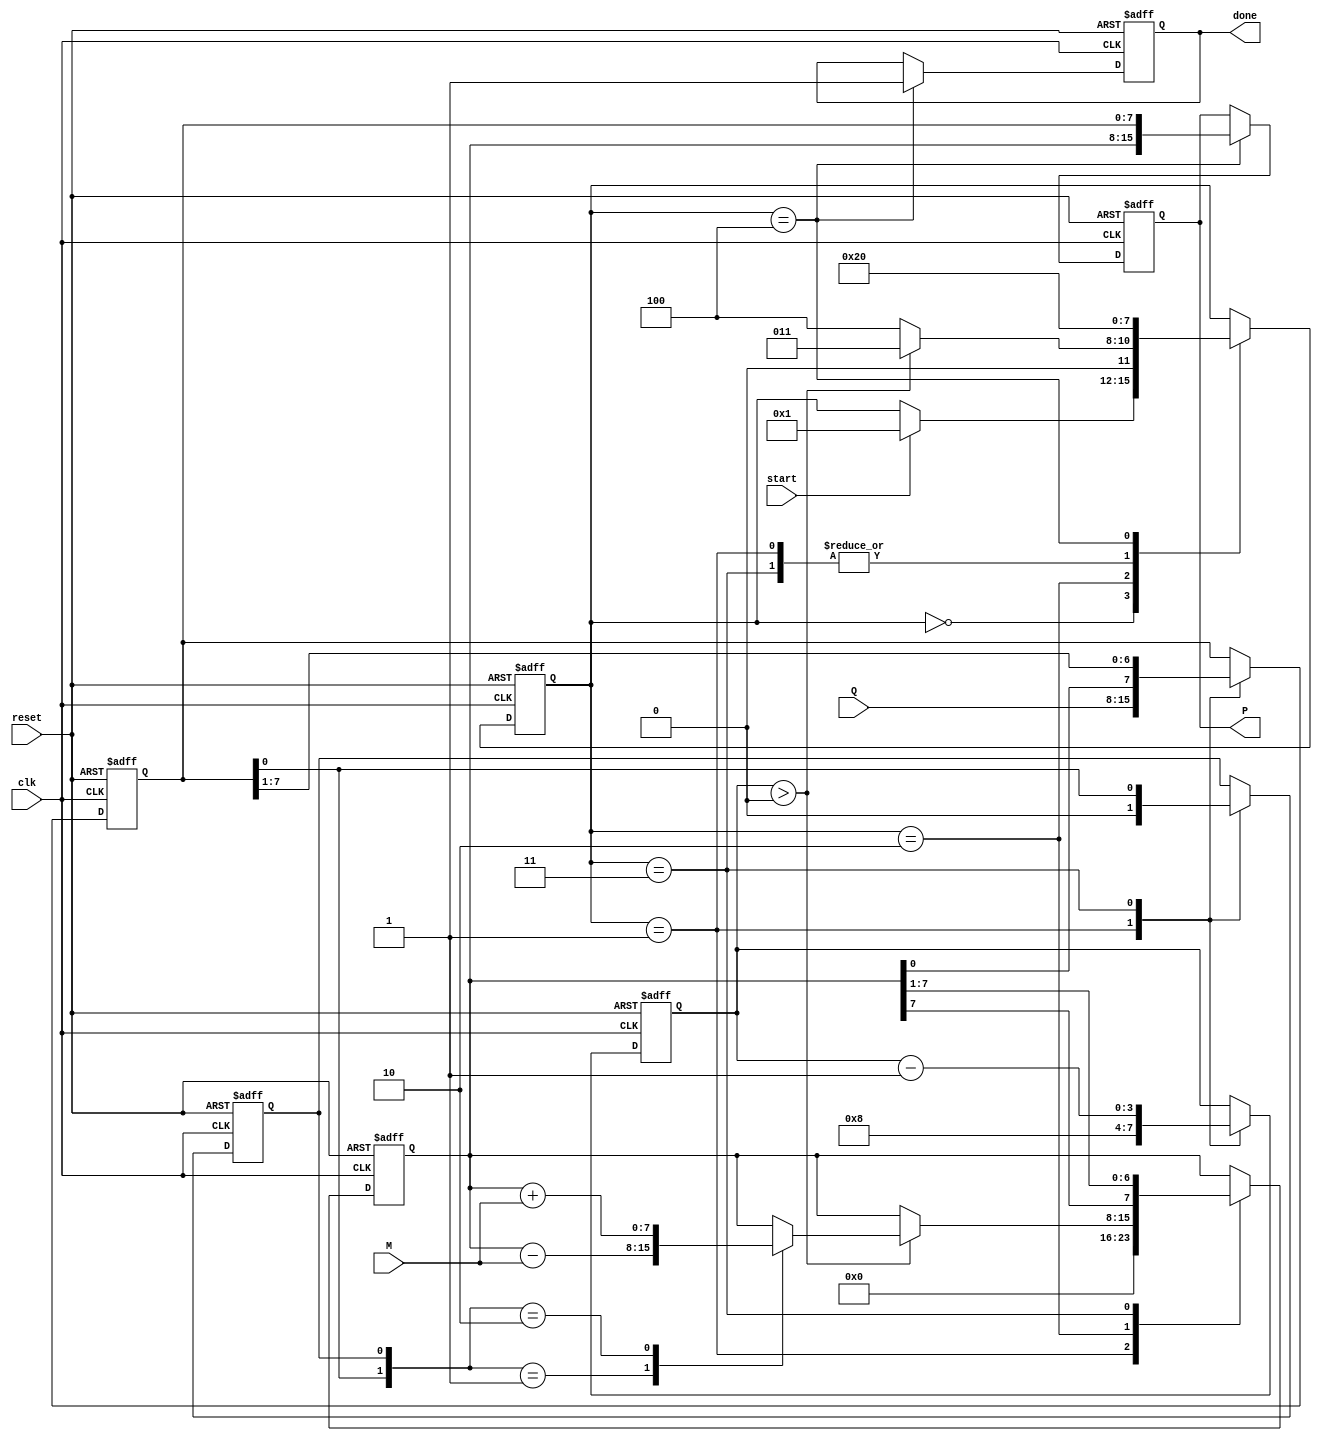
module booth_multiplier #(
    parameter N = 8 // Bit-width for multiplicand and multiplier
)(
    input wire clk,
    input wire reset,
    input wire start,
    input wire signed [N-1:0] M, // Multiplicand
    input wire signed [N-1:0] Q, // Multiplier
    output reg signed [2*N-1:0] P, // Product
    output reg done // Signal indicating multiplication is complete
);

    // Internal registers
    reg signed [N-1:0] A; // Accumulator
    reg signed [N-1:0] Q_reg; // Multiplier register
    reg Q_1; // Previous LSB of Q
    reg [3:0] state; // FSM state
    reg [3:0] count; // Iteration counter

    // State encoding
    localparam IDLE = 4'b0000,
               INIT = 4'b0001,
               EXECUTE = 4'b0010,
               SHIFT = 4'b0011,
               DONE = 4'b0100;

    // FSM
    always @(posedge clk or posedge reset) begin
        if (reset) begin
            state <= IDLE;
            done <= 0;
            P <= 0;
            A <= 0;
            Q_reg <= 0;
            Q_1 <= 0;
            count <= 0;
        end else begin
            case (state)
                IDLE: begin
                    if (start) begin
                        state <= INIT;
                    end
                end

                INIT: begin
                    A <= 0;
                    Q_reg <= Q;
                    Q_1 <= 0;
                    count <= N; // Number of bits to process
                    state <= EXECUTE;
                end

                EXECUTE: begin
                    if (count > 0) begin
                        // Check the last bits of Q and Q-1
                        case ({Q_reg[0], Q_1})
                            2'b01: A <= A - M; // Q = 0, Q-1 = 1
                            2'b10: A <= A + M; // Q = 1, Q-1 = 0
                            default: ; // No operation
                        endcase
                        state <= SHIFT;
                    end else begin
                        state <= DONE;
                    end
                end

                SHIFT: begin
                    // Arithmetic right shift
                    {A, Q_reg} <= {A[N-1], A, Q_reg} >> 1; // Arithmetic shift
                    Q_1 <= Q_reg[0]; // Update Q-1
                    count <= count - 1; // Decrement the count
                    state <= EXECUTE; // Go back to execute
                end

                DONE: begin
                    P <= {A, Q_reg}; // Concatenate A and Q_reg for the final product
                    done <= 1; // Set done signal
                    state <= IDLE; // Return to idle
                end
            endcase
        end
    end
endmodule